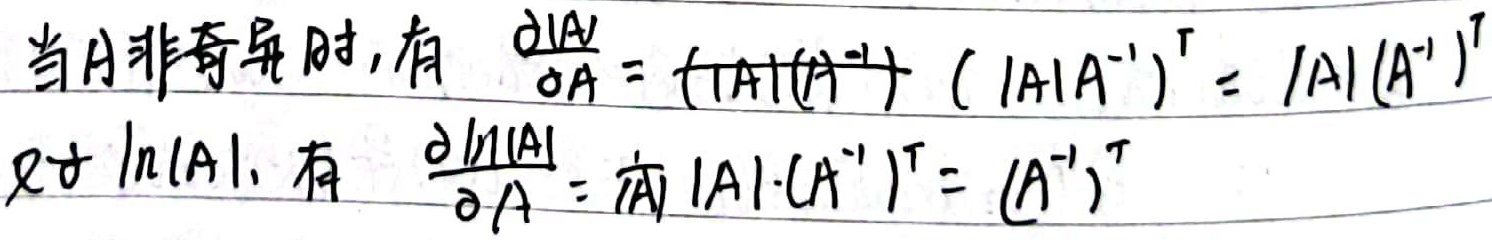
当\(A\)非奇异时，有
\[
\frac{\partial|A|}{\partial A} = (|A|(A^{-1})^T) ( |A|A^{-1})^T = |A|(A^{-1})^T
\]
对\(\ln|A|\)，有
\[
\frac{\partial \ln|A|}{\partial A} = \frac{1}{|A|} |A|\cdot(A^{-1})^T = (A^{-1})^T
\]